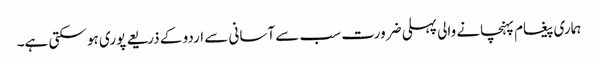
ہماری پیغام پہنچانے والی پہلی ضرورت سب سے آسانی سے اردو کے ذریعے پوری ہو سکتی ہے۔